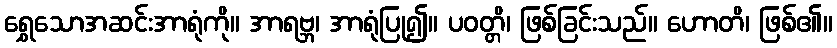
ရွှေသောအဆင်းအာရုံကို။ အာရဗ္ဘ၊ အာရုံပြု၍။ ပဝတ္တိ၊ ဖြစ်ခြင်းသည်။ ဟောတိ၊ ဖြစ်၏။